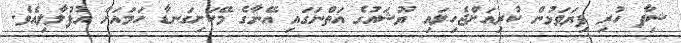
ޝިފާ ހުރި ފިޔަވަޅުން ކުރިއަށްޖެހިލައި ޔޫޝައުގެ އަތްނަގައި އޭނާގެ މޭކަށިގަނޑާ ހަމައަށް އުފުލާލިއެވެ.